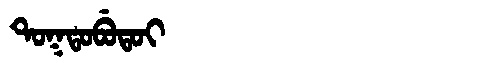
Manchu: ᡨᠣᡴᡨᠣᠪᡠᡨᠣᡳ
Romanization: TOKTOBUTOI